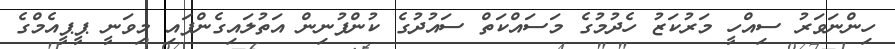
ހިންނަވަރު ސިއްހީ މަރުކަޒު ހެދުމުގެ މަސައްކަތް ސައުދުގެ ކުންފުނިން އަތުލައިގެންފައި މިވަނީ ޕީޕީއެމްގެ